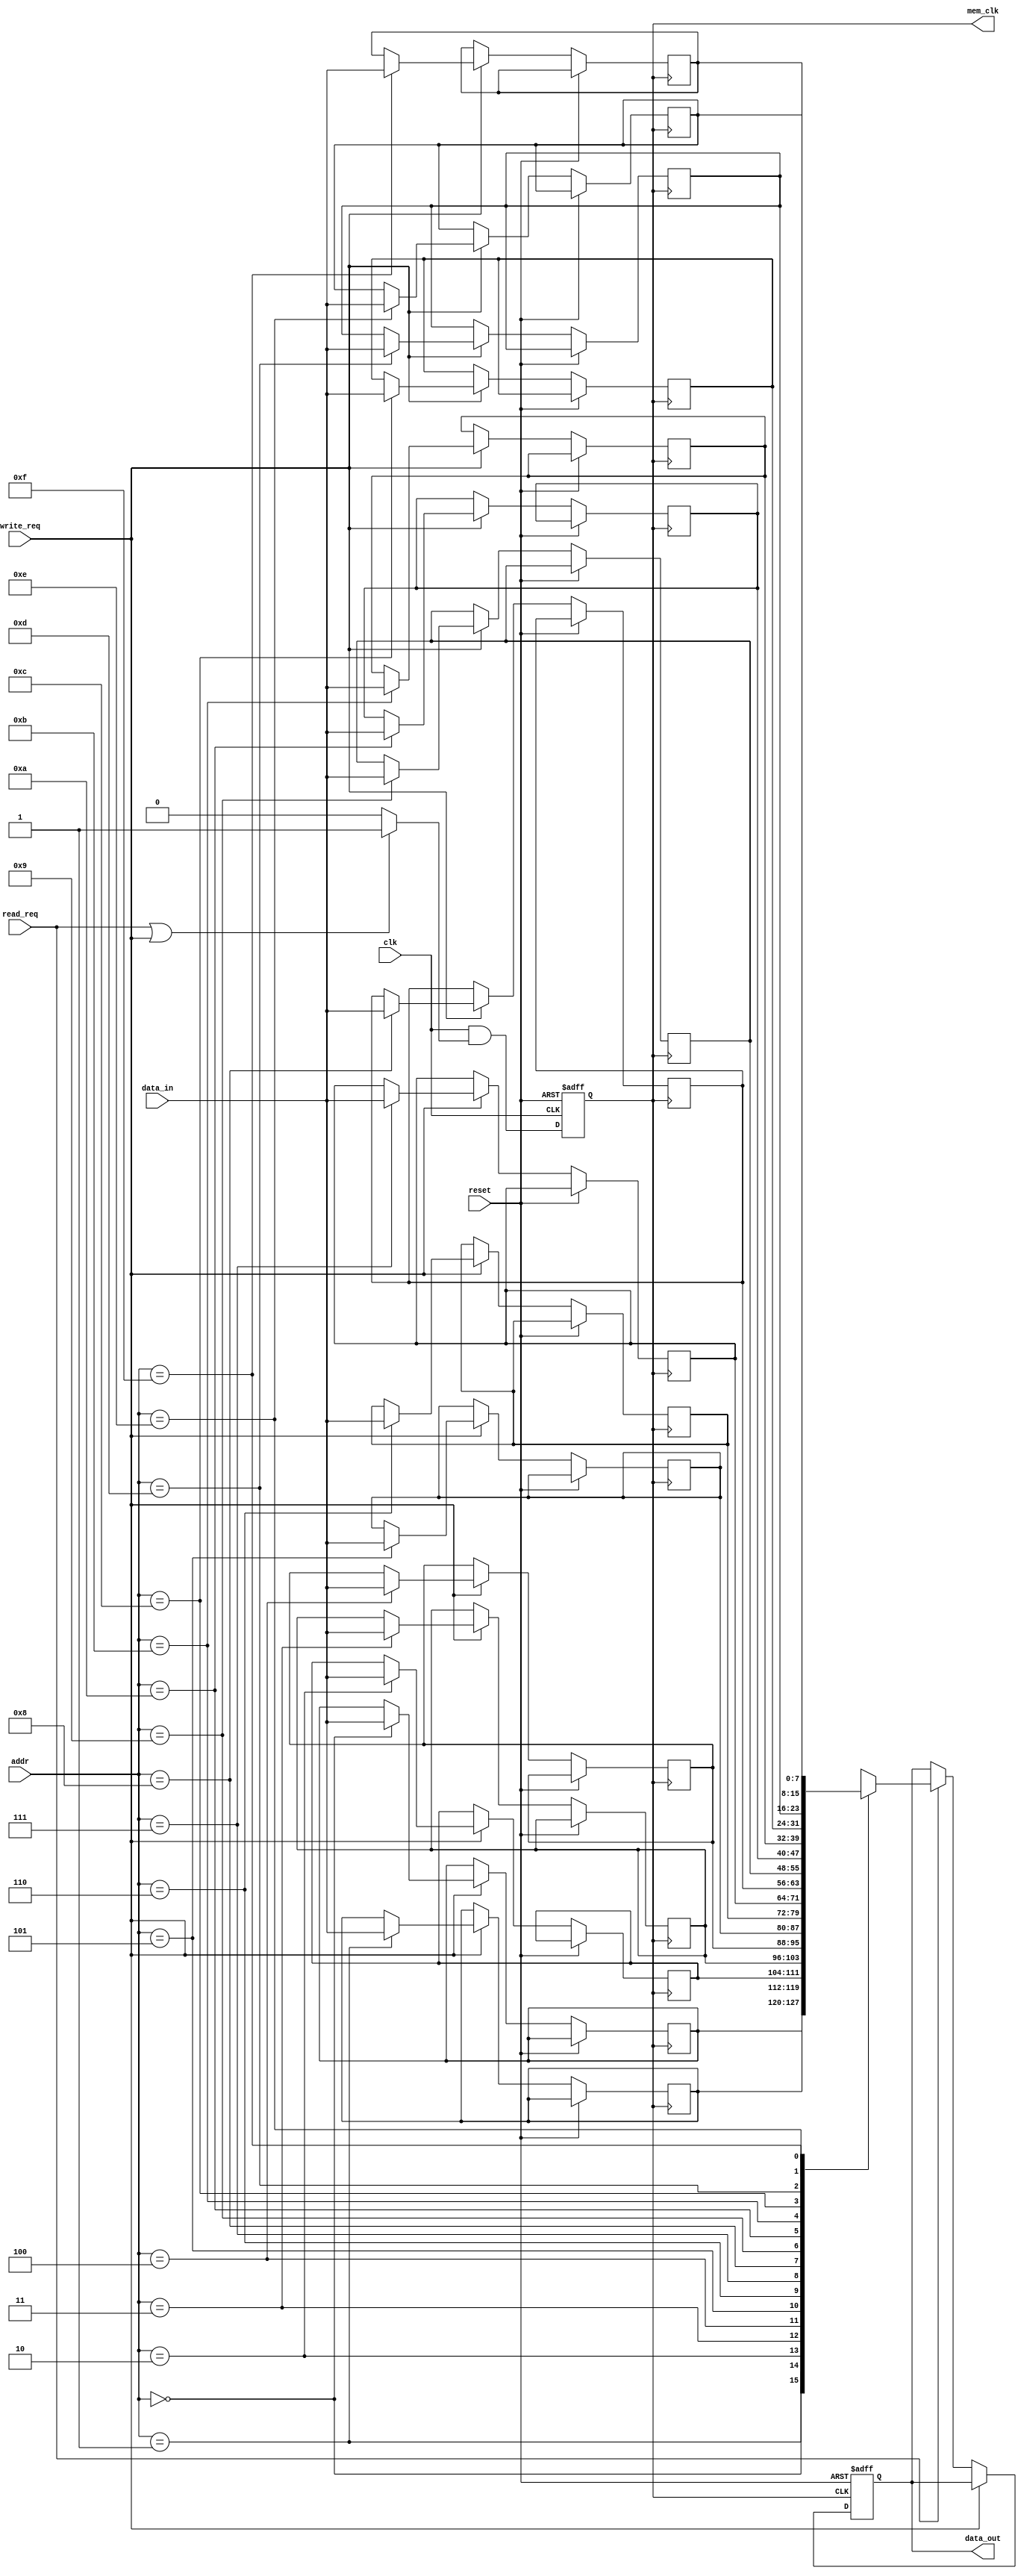
module dynamic_clock_gating (
    input wire clk,                // Main clock input
    input wire reset,              // Reset signal
    input wire read_req,           // Read request signal
    input wire write_req,          // Write request signal
    input wire [7:0] data_in,      // Data input for write operations
    input wire [3:0] addr,         // Address input
    output reg [7:0] data_out,     // Data output for read operations
    output reg mem_clk              // Gated clock output for memory block
);

    // Internal signals
    reg enable;                    // Enable signal for clock gating
    reg [7:0] memory [0:15];       // Simple memory array (16 x 8 bits)

    // Clock Gating Control Logic
    always @(*) begin
        if (read_req || write_req) begin
            enable = 1'b1;          // Enable clock if read or write is requested
        end else begin
            enable = 1'b0;          // Disable clock if idle
        end
    end

    // Clock Gating Cell
    always @(posedge clk or posedge reset) begin
        if (reset) begin
            mem_clk <= 1'b0;        // Reset gated clock
        end else begin
            mem_clk <= clk & enable; // Gated clock output
        end
    end

    // Memory Block Operation
    always @(posedge mem_clk or posedge reset) begin
        if (reset) begin
            data_out <= 8'b0;       // Reset data output
        end else if (write_req) begin
            memory[addr] <= data_in; // Write data to memory
        end else if (read_req) begin
            data_out <= memory[addr]; // Read data from memory
        end
    end

endmodule